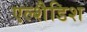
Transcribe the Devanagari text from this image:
एल्शैडिश